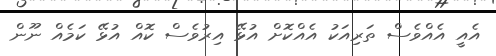
އެއީ އެއްވެސް ތަރިއަކު އެއްކޮށް އުޅޭ އިރުވެސް ކޮއް އުޅޭ ކަމެއް ނޫން